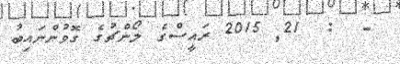
-  :  21